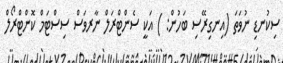
ސިކުނޑި ނުވަތަ (އިނގިރޭސި ބަހުން: ) އަކީ ސެންޓްރަލް ނާރވަސް ސިސްޓަމް ކޮންޓްރޯލް